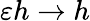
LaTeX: \varepsilon h\to h